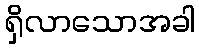
ရှိလာသောအခါ